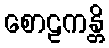
စောဠကန္တိ